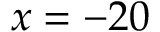
x = - 2 0